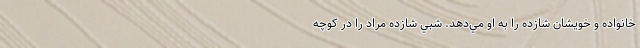
خانواده و خويشان شازده را به او مي‌دهد. شبي شازده مراد را در کوچه